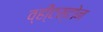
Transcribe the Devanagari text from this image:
व्ही्टस्टोन